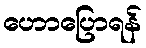
ဟောပြောရန်